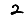
Digit: 2